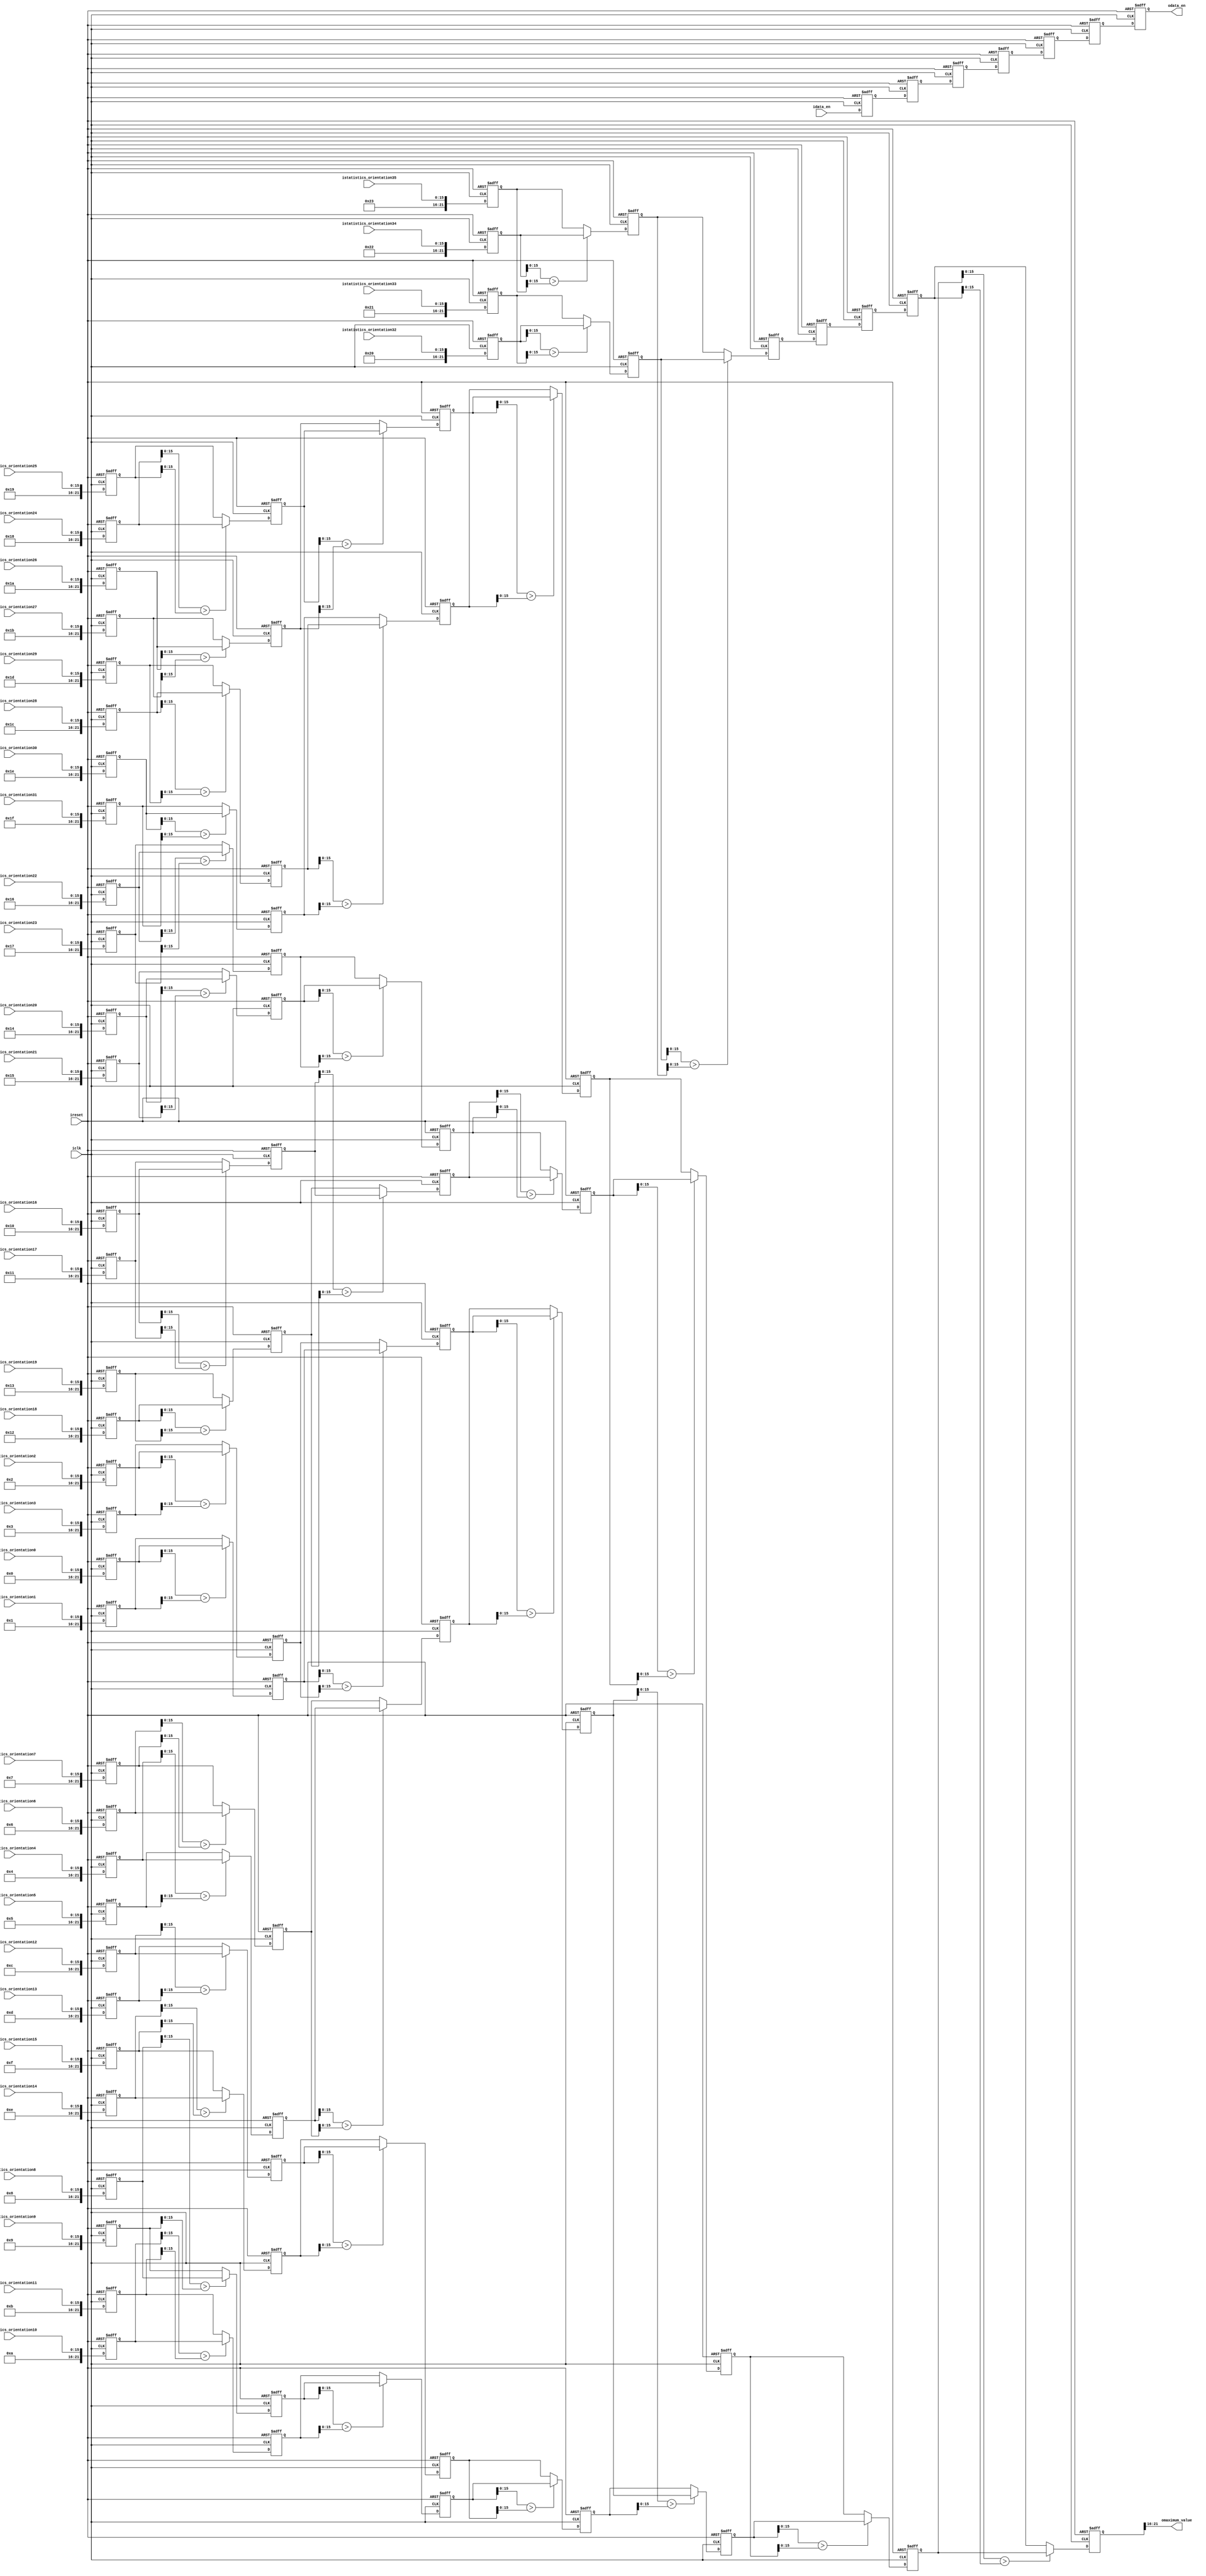
`timescale 1 ps / 1 ps

module MaximumOrientationDetection(
	input 						       iclk,
	input 						       ireset,
	input              idata_en,
  input   [15:0]     istatistics_orientation0,
  input   [15:0]     istatistics_orientation1,
  input   [15:0]     istatistics_orientation2,
  input   [15:0]     istatistics_orientation3,
  input   [15:0]     istatistics_orientation4,
  input   [15:0]     istatistics_orientation5,
  input   [15:0]     istatistics_orientation6,
  input   [15:0]     istatistics_orientation7,
  input   [15:0]     istatistics_orientation8,
  input   [15:0]     istatistics_orientation9,
  input   [15:0]     istatistics_orientation10,
  input   [15:0]     istatistics_orientation11,
  input   [15:0]     istatistics_orientation12,
  input   [15:0]     istatistics_orientation13,
  input   [15:0]     istatistics_orientation14,
  input   [15:0]     istatistics_orientation15,
  input   [15:0]     istatistics_orientation16,
  input   [15:0]     istatistics_orientation17,
  input   [15:0]     istatistics_orientation18,
  input   [15:0]     istatistics_orientation19,
  input   [15:0]     istatistics_orientation20,
  input   [15:0]     istatistics_orientation21,
  input   [15:0]     istatistics_orientation22,
  input   [15:0]     istatistics_orientation23,
  input   [15:0]     istatistics_orientation24,
  input   [15:0]     istatistics_orientation25,
  input   [15:0]     istatistics_orientation26,
  input   [15:0]     istatistics_orientation27,
  input   [15:0]     istatistics_orientation28,
  input   [15:0]     istatistics_orientation29,
  input   [15:0]     istatistics_orientation30,
  input   [15:0]     istatistics_orientation31,
  input   [15:0]     istatistics_orientation32,
  input   [15:0]     istatistics_orientation33,
  input   [15:0]     istatistics_orientation34,
  input   [15:0]     istatistics_orientation35,
  output  [5:0]      omaximum_value,
  output    reg      odata_en
);

////////////////////////////////////////////////////////////////////////////
//Encode Orientation
reg  [5:0]     encode_i;
reg  [21:0]    encode_statistics_orientation[35:0];

always@(posedge iclk or negedge ireset) begin
  if (!ireset) begin
    for (encode_i = 0; encode_i < 36; encode_i = encode_i + 1) begin
        encode_statistics_orientation[encode_i] <= 0;
    end
  end
  else begin
    encode_statistics_orientation[0] <= {6'd0, istatistics_orientation0};
    encode_statistics_orientation[1] <= {6'd1, istatistics_orientation1};
    encode_statistics_orientation[2] <= {6'd2, istatistics_orientation2};
    encode_statistics_orientation[3] <= {6'd3, istatistics_orientation3};
    encode_statistics_orientation[4] <= {6'd4, istatistics_orientation4};
    encode_statistics_orientation[5] <= {6'd5, istatistics_orientation5};
    encode_statistics_orientation[6] <= {6'd6, istatistics_orientation6};
    encode_statistics_orientation[7] <= {6'd7, istatistics_orientation7};
    encode_statistics_orientation[8] <= {6'd8, istatistics_orientation8};
    encode_statistics_orientation[9] <= {6'd9, istatistics_orientation9};
    encode_statistics_orientation[10] <= {6'd10, istatistics_orientation10};
    encode_statistics_orientation[11] <= {6'd11, istatistics_orientation11};
    encode_statistics_orientation[12] <= {6'd12, istatistics_orientation12};
    encode_statistics_orientation[13] <= {6'd13, istatistics_orientation13};
    encode_statistics_orientation[14] <= {6'd14, istatistics_orientation14};
    encode_statistics_orientation[15] <= {6'd15, istatistics_orientation15};
    encode_statistics_orientation[16] <= {6'd16, istatistics_orientation16};
    encode_statistics_orientation[17] <= {6'd17, istatistics_orientation17};
    encode_statistics_orientation[18] <= {6'd18, istatistics_orientation18};
    encode_statistics_orientation[19] <= {6'd19, istatistics_orientation19};
    encode_statistics_orientation[20] <= {6'd20, istatistics_orientation20};
    encode_statistics_orientation[21] <= {6'd21, istatistics_orientation21};
    encode_statistics_orientation[22] <= {6'd22, istatistics_orientation22};
    encode_statistics_orientation[23] <= {6'd23, istatistics_orientation23};
    encode_statistics_orientation[24] <= {6'd24, istatistics_orientation24};
    encode_statistics_orientation[25] <= {6'd25, istatistics_orientation25};
    encode_statistics_orientation[26] <= {6'd26, istatistics_orientation26};
    encode_statistics_orientation[27] <= {6'd27, istatistics_orientation27};
    encode_statistics_orientation[28] <= {6'd28, istatistics_orientation28};
    encode_statistics_orientation[29] <= {6'd29, istatistics_orientation29};
    encode_statistics_orientation[30] <= {6'd30, istatistics_orientation30};
    encode_statistics_orientation[31] <= {6'd31, istatistics_orientation31};
    encode_statistics_orientation[32] <= {6'd32, istatistics_orientation32};
    encode_statistics_orientation[33] <= {6'd33, istatistics_orientation33};
    encode_statistics_orientation[34] <= {6'd34, istatistics_orientation34};
    encode_statistics_orientation[35] <= {6'd35, istatistics_orientation35};
  end
end

////////////////////////////////////////////////////////////////////////////
//biggest value of all

reg   [4:0]     j;
reg   [3:0]     k;
reg   [2:0]     h;
reg   [21:0]    big_layer1[17:0];
reg   [21:0]    big_layer2[8:0];
reg   [21:0]    big_layer3[3:0];
reg   [21:0]    big_hold3;
reg   [21:0]    big_layer4[1:0];
reg   [21:0]    big_hold4;
reg   [21:0]    big_layer5;
reg   [21:0]    big_hold5;
reg   [21:0]    big_layer6;

assign omaximum_value = big_layer6[21:16];

always@(posedge iclk or negedge ireset) begin
  if (!ireset) begin
    for (j = 0; j < 18; j = j + 1) begin
      big_layer1[j] <= 0;
    end
    for (k = 0; k < 9; k = k + 1) begin
      big_layer2[k] <= 0;
    end
    for (h = 0; h < 4; h = h + 1) begin
      big_layer3[h] <= 0;
    end
    big_hold3 <= 0;
    big_layer4[0] <= 0;
    big_layer4[1] <= 0;
    big_hold4 <= 0;
    big_layer5 <= 0;
    big_hold5 <= 0;
    big_layer6 <= 0;
  end
  else begin
    big_layer1[0] <= (encode_statistics_orientation[0][15:0] > encode_statistics_orientation[1][15:0]) ? encode_statistics_orientation[0] : encode_statistics_orientation[1];
    big_layer1[1] <= (encode_statistics_orientation[2][15:0] > encode_statistics_orientation[3][15:0]) ? encode_statistics_orientation[2] : encode_statistics_orientation[3];
    big_layer1[2] <= (encode_statistics_orientation[4][15:0] > encode_statistics_orientation[5][15:0]) ? encode_statistics_orientation[4] : encode_statistics_orientation[5];
    big_layer1[3] <= (encode_statistics_orientation[6][15:0] > encode_statistics_orientation[7][15:0]) ? encode_statistics_orientation[6] : encode_statistics_orientation[7];
    big_layer1[4] <= (encode_statistics_orientation[8][15:0] > encode_statistics_orientation[9][15:0]) ? encode_statistics_orientation[8] : encode_statistics_orientation[9];
    big_layer1[5] <= (encode_statistics_orientation[10][15:0] > encode_statistics_orientation[11][15:0]) ? encode_statistics_orientation[10] : encode_statistics_orientation[11];
    big_layer1[6] <= (encode_statistics_orientation[12][15:0] > encode_statistics_orientation[13][15:0]) ? encode_statistics_orientation[12] : encode_statistics_orientation[13];
    big_layer1[7] <= (encode_statistics_orientation[14][15:0] > encode_statistics_orientation[15][15:0]) ? encode_statistics_orientation[14] : encode_statistics_orientation[15];
    big_layer1[8] <= (encode_statistics_orientation[16][15:0] > encode_statistics_orientation[17][15:0]) ? encode_statistics_orientation[16] : encode_statistics_orientation[17];
    big_layer1[9] <= (encode_statistics_orientation[18][15:0] > encode_statistics_orientation[19][15:0]) ? encode_statistics_orientation[18] : encode_statistics_orientation[19];
    big_layer1[10] <= (encode_statistics_orientation[20][15:0] > encode_statistics_orientation[21][15:0]) ? encode_statistics_orientation[20] : encode_statistics_orientation[21];
    big_layer1[11] <= (encode_statistics_orientation[22][15:0] > encode_statistics_orientation[23][15:0]) ? encode_statistics_orientation[22] : encode_statistics_orientation[23];
    big_layer1[12] <= (encode_statistics_orientation[24][15:0] > encode_statistics_orientation[25][15:0]) ? encode_statistics_orientation[24] : encode_statistics_orientation[25];
    big_layer1[13] <= (encode_statistics_orientation[26][15:0] > encode_statistics_orientation[27][15:0]) ? encode_statistics_orientation[26] : encode_statistics_orientation[27];
    big_layer1[14] <= (encode_statistics_orientation[28][15:0] > encode_statistics_orientation[29][15:0]) ? encode_statistics_orientation[28] : encode_statistics_orientation[29];
    big_layer1[15] <= (encode_statistics_orientation[30][15:0] > encode_statistics_orientation[31][15:0]) ? encode_statistics_orientation[30] : encode_statistics_orientation[31];
    big_layer1[16] <= (encode_statistics_orientation[32][15:0] > encode_statistics_orientation[33][15:0]) ? encode_statistics_orientation[32] : encode_statistics_orientation[33];
    big_layer1[17] <= (encode_statistics_orientation[34][15:0] > encode_statistics_orientation[35][15:0]) ? encode_statistics_orientation[34] : encode_statistics_orientation[35];
    
    big_layer2[0] <= (big_layer1[0][15:0] > big_layer1[1][15:0]) ?  big_layer1[0] : big_layer1[1];
    big_layer2[1] <= (big_layer1[2][15:0] > big_layer1[3][15:0]) ?  big_layer1[2] : big_layer1[3];
    big_layer2[2] <= (big_layer1[4][15:0] > big_layer1[5][15:0]) ?  big_layer1[4] : big_layer1[5];
    big_layer2[3] <= (big_layer1[6][15:0] > big_layer1[7][15:0]) ?  big_layer1[6] : big_layer1[7];
    big_layer2[4] <= (big_layer1[8][15:0] > big_layer1[9][15:0]) ?  big_layer1[8] : big_layer1[9];
    big_layer2[5] <= (big_layer1[10][15:0] > big_layer1[11][15:0]) ?  big_layer1[10] : big_layer1[11];
    big_layer2[6] <= (big_layer1[12][15:0] > big_layer1[13][15:0]) ?  big_layer1[12] : big_layer1[13];
    big_layer2[7] <= (big_layer1[14][15:0] > big_layer1[15][15:0]) ?  big_layer1[14] : big_layer1[15];
    big_layer2[8] <= (big_layer1[16][15:0] > big_layer1[17][15:0]) ?  big_layer1[16] : big_layer1[17];
    
    big_layer3[0] <= (big_layer2[0][15:0] > big_layer2[1][15:0]) ? big_layer2[0] : big_layer2[1];
    big_layer3[1] <= (big_layer2[2][15:0] > big_layer2[3][15:0]) ? big_layer2[2] : big_layer2[3];
    big_layer3[2] <= (big_layer2[4][15:0] > big_layer2[5][15:0]) ? big_layer2[4] : big_layer2[5];
    big_layer3[3] <= (big_layer2[6][15:0] > big_layer2[7][15:0]) ? big_layer2[6] : big_layer2[7];
    big_hold3 <= big_layer2[8];
    
    big_layer4[0] <= (big_layer3[0][15:0] > big_layer3[1][15:0]) ? big_layer3[0] : big_layer3[1];
    big_layer4[1] <= (big_layer3[2][15:0] > big_layer3[3][15:0]) ? big_layer3[2] : big_layer3[3];
    big_hold4 <= big_hold3;
    
    big_layer5 <= (big_layer4[0][15:0] > big_layer4[1][15:0]) ? big_layer4[0] : big_layer4[1];
    big_hold5 <= big_hold4;
    
    big_layer6 <= (big_layer5[15:0] > big_hold5[15:0]) ? big_layer5 : big_hold5;
  end
end

reg r_data_en[5:0];

////////////////////////////////////////////////////////////////////////////
//enable signal data holding
always@(posedge iclk or negedge ireset) begin
  if (!ireset) begin
    r_data_en[0] <= 0;
    r_data_en[1] <= 0;
    r_data_en[2] <= 0;
    r_data_en[3] <= 0;
    r_data_en[4] <= 0;
    r_data_en[5] <= 0;
    odata_en <= 0;
  end
  else begin
    r_data_en[0] <= idata_en;
    r_data_en[1] <= r_data_en[0];
    r_data_en[2] <= r_data_en[1];
    r_data_en[3] <= r_data_en[2];
    r_data_en[4] <= r_data_en[3];
    r_data_en[5] <= r_data_en[4];
    odata_en <= r_data_en[5];
  end
end
////////////////////////////////////////////////////////////////////////////

endmodule